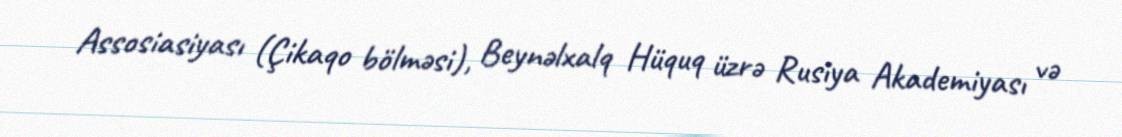
Assosiasiyası (Çikaqo bölməsi), Beynəlxalq Hüquq üzrə Rusiya Akademiyası və